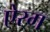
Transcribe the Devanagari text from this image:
ऐरग